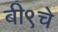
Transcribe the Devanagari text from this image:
बी९चे